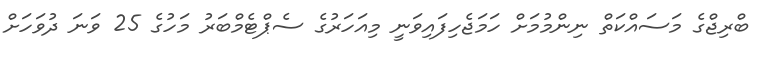
ބްރިޖްގެ މަސައްކަތް ނިންމުމަށް ހަމަޖެހިފައިވަނީ މިއަހަރުގެ ސެޕްޓެމްބަރު މަހުގެ 25 ވަނަ ދުވަހަށް